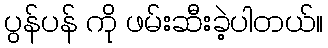
ပွန်ပန် ကို ဖမ်းဆီးခဲ့ပါတယ်။